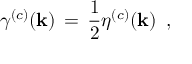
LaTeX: \gamma ^ { ( c ) } ( { \bf k } ) \, = \, \frac { 1 } { 2 } \eta ^ { ( c ) } ( { \bf k } ) \, \, \, ,